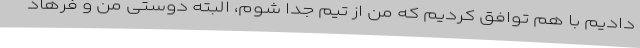
دادیم با هم توافق کردیم که من از تیم جدا شوم، البته دوستی من و فرهاد